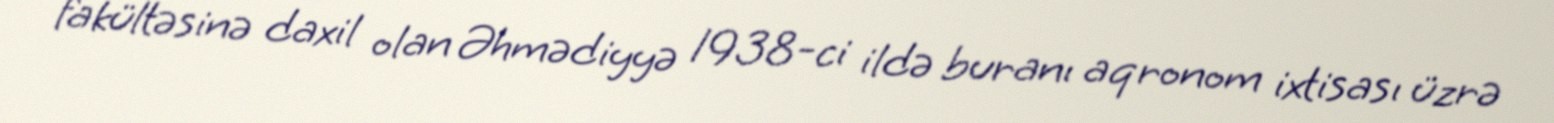
fakültəsinə daxil olan Əhmədiyyə 1938-ci ildə buranı aqronom ixtisası üzrə